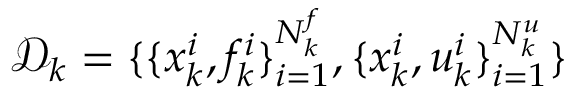
\mathcal { D } _ { k } = \{ \{ x _ { k } ^ { i } , f _ { k } ^ { i } \} _ { i = 1 } ^ { N _ { k } ^ { f } } , \{ x _ { k } ^ { i } , u _ { k } ^ { i } \} _ { i = 1 } ^ { N _ { k } ^ { u } } \}